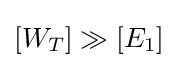
[W_{T}]\gg [E_{1}]